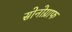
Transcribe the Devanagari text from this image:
सोनोग्राफ